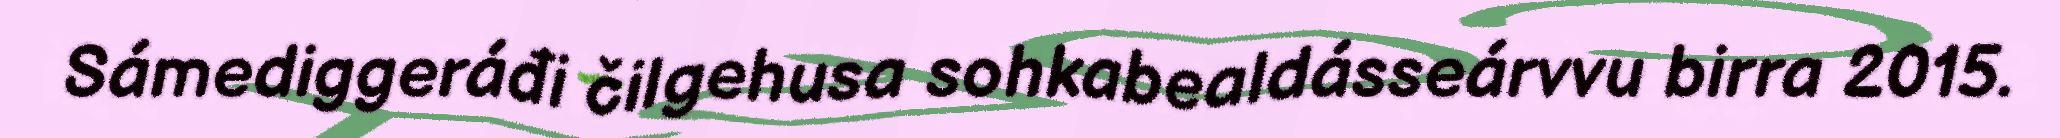
Sámediggeráđi čilgehusa sohkabealdásseárvvu birra 2015.